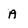
Character: A